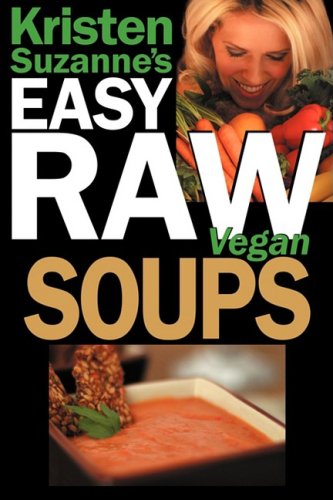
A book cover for Kristen Suzanne's EASY Raw Vegan Soups: Delicious & Easy Raw Food Recipes for Hearty, Satisfying, Flavorful Soups; Kristen Suzanne; Cookbooks, Food & Wine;